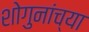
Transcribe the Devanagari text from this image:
शोगुनांच्या